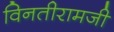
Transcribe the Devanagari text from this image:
विनतीरामजी